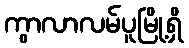
ကွာလာလမ်ပူမြို့ရှိ